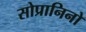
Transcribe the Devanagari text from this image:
सोप्रानिनो